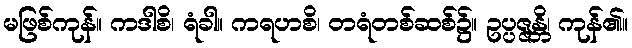
မဖြစ်ကုန်။ ကဒါစိ၊ ရံခါ။ ကရဟစိ၊ တရံတစ်ဆစ်၌။ ဥပ္ပဇ္ဇန္တိ၊ ကုန်၏။